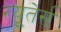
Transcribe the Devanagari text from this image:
रयूतेर्स